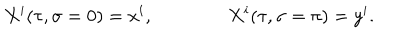
LaTeX: X ^ { i } ( \tau , \sigma = 0 ) = x ^ { i } , \qquad \qquad X ^ { i } ( \tau , \sigma = \pi ) = y ^ { i } .